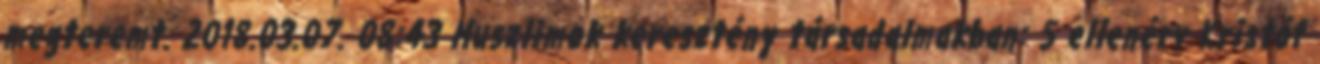
megteremt. 2018.03.07. 08:43 Muszlimok keresztény társadalmakban: 5 ellenérv Kristóf